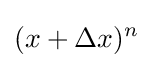
(x+\Delta x)^{n}